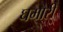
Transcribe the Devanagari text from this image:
घमौरी